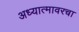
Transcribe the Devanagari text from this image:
अध्यात्मावरचा